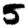
Digit: 5